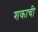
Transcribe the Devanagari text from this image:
शकाची